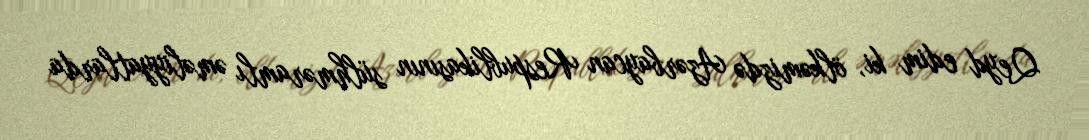
Qeyd edim ki, ölkəmizdə Azərbaycan Respublikasının sülhməramlı əməliyyatlarda